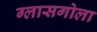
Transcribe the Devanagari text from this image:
ग्लासगोला